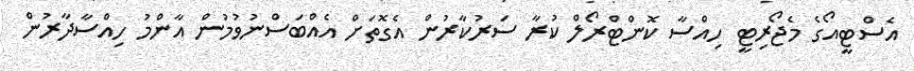
އެސްޓީއޯގެ މެޖޯރިޓީ ހިއްސާ ކޮންޓްރޯލް ކުރާ ސަރުކާރުން އެގޮތަށް އެއްބަސްނުވުމުން އާންމު ހިއްސާދާރުން